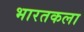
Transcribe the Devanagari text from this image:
भारतकला